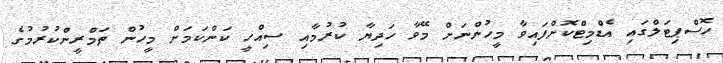
ހޮސްޕިޓަލްގައި އެޑްމިޓްކޮށްފައިވާ މީހުންނަށް މޭވާ ހަދިޔާ ކުރުމާއި ސިއްހީ ކަންކަމަށް މީހުން ތަމްރީންކުރުމުގެ